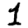
Digit: 1